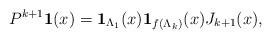
LaTeX: \begin{align*}P^{k+1}{\bf 1}(x)={\bf 1}_{\Lambda_1}(x){\bf 1}_{f(\Lambda_k)}(x)J_{k+1}(x),\end{align*}